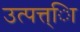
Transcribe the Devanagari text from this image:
उत्पत्त्िा